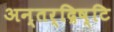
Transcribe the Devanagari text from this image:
अन्तर्द्रिष्टि